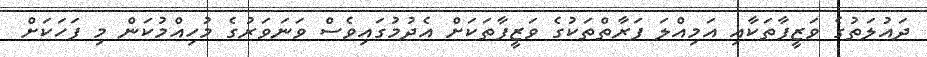
ދައުލަތުގެ ވަޒީފާތަކާއި އަމިއްލަ ފަރާތްތަކުގެ ވަޒީފާތަކަށް އެދުމުގައިވެސް ވަނަވަރުގެ މުހިއްމުކަން މި ފަހަކަށް